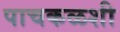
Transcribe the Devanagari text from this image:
पाचकळशी